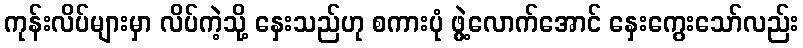
ကုန်းလိပ်များမှာ လိပ်ကဲ့သို့ နှေးသည်ဟု စကားပုံ ဖွဲ့လောက်အောင် နှေးကွေးသော်လည်း